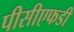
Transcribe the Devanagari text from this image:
पीसीएफडी